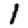
Digit: 1